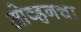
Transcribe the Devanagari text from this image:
ओव्हनचा